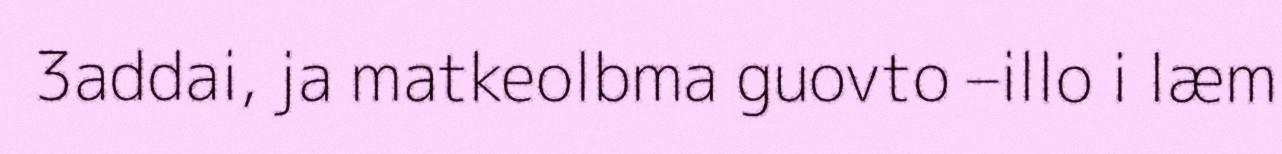
3addai, ja matkeolbma guovto –illo i læm